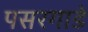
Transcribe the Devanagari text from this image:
पसरगाडे